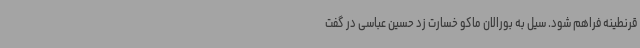
قرنطینه فراهم شود. سیل به بورالان ماکو خسارت زد حسین عباسی در گفت